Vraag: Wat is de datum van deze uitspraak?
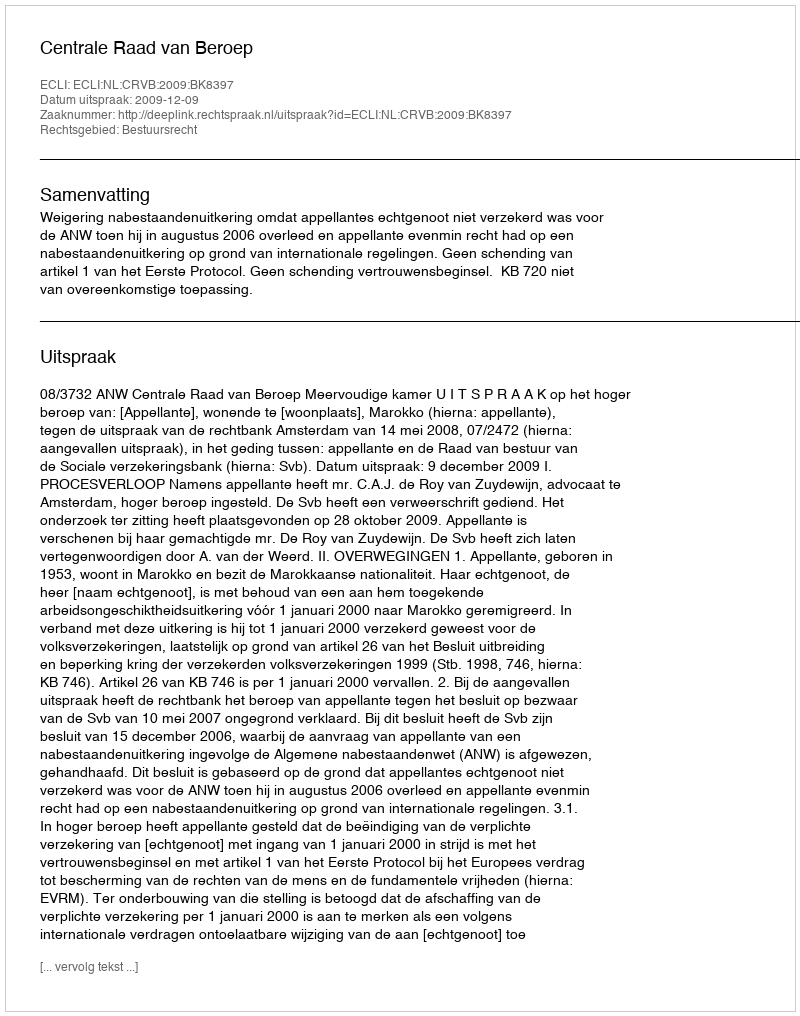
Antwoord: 2009-12-09